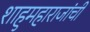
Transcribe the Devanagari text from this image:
शाहुमहाराजांची